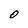
Character: 0